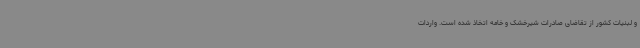
و لبنیات کشور از تقاضای صادرات شیرخشک و خامه اتخاذ شده است. واردات